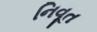
નિવૂત